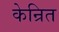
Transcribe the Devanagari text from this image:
केन्रित